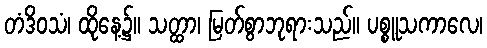
တံဒိဝသံ၊ ထိုနေ့၌။ သတ္ထာ၊ မြတ်စွာဘုရားသည်။ ပစ္စူသကာလေ၊